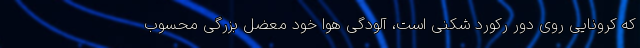
که کرونایی روی دور رکورد شکنی است، آلودگی هوا خود معضل بزرگی محسوب